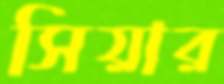
সিয়ার